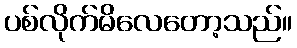
ပစ်လိုက်မိလေတော့သည်။